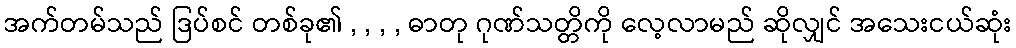
အက်တမ်သည် ဒြပ်စင် တစ်ခု၏ , , , , ဓာတု ဂုဏ်သတ္တိကို လေ့လာမည် ဆိုလျှင် အသေးငယ်ဆုံး